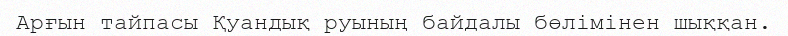
Арғын тайпасы Қуандық руының байдалы бөлімінен шыққан.